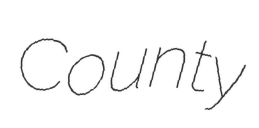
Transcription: County